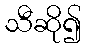
သီဆို၍